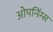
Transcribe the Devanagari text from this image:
ओपनिंग्स